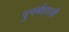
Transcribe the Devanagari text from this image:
पुनर्बहाली